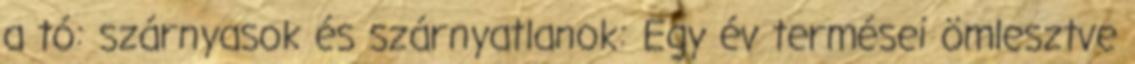
a tó: szárnyasok és szárnyatlanok: Egy év termései ömlesztve